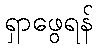
ရှာဖွေရန်